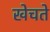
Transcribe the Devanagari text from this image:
खेचते